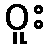
ဝူး